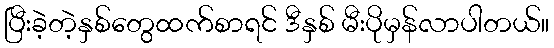
ပြီးခဲ့တဲ့နှစ်တွေထက်စာရင် ဒီနှစ် မီးပိုမှန်လာပါတယ်။